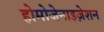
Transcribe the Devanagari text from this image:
होमोजेनाइज़ेशन